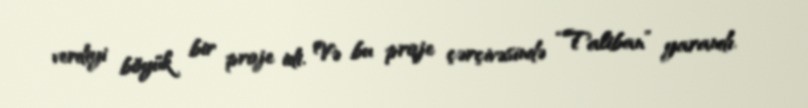
verdiyi böyük bir proje idi. Və bu proje çərçivəsində “Taliban” yarandı.